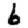
Digit: 6